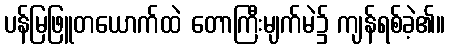
ပန်မြဖြူတယောက်ထဲ တောကြီးမျက်မဲ၌ ကျန်ရစ်ခဲ့၏။